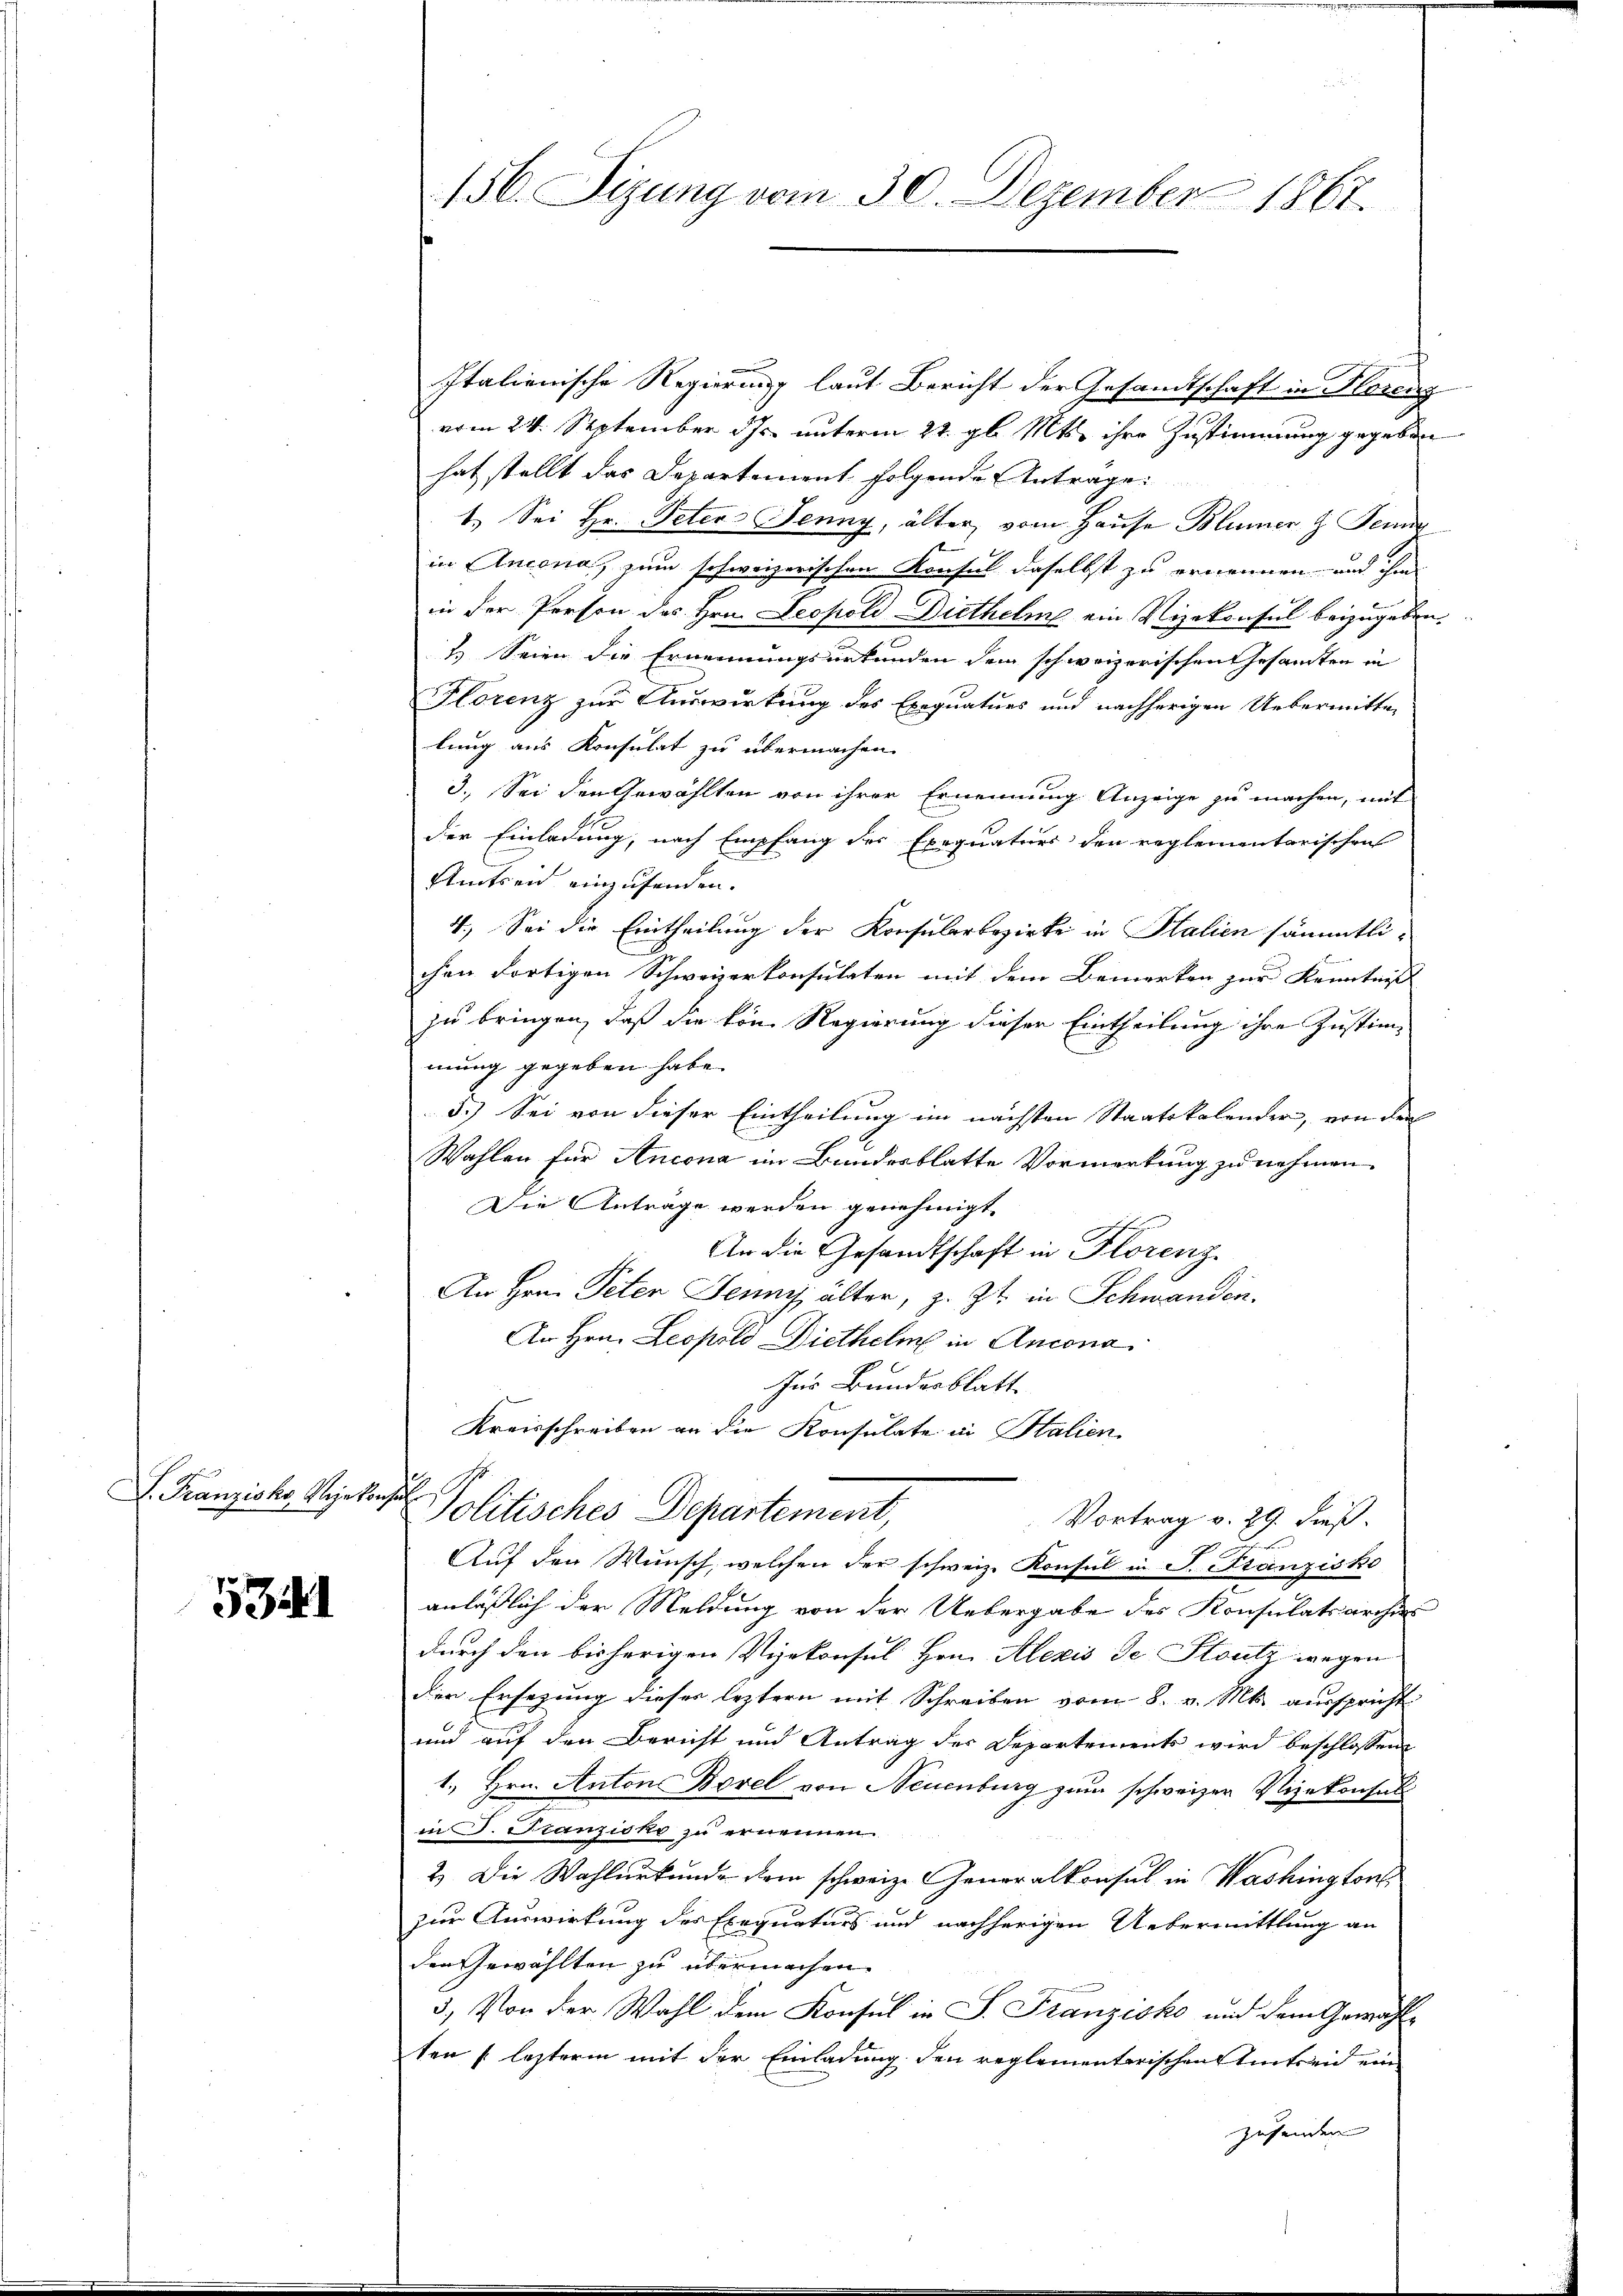
S. Kanzeiche Bezirksr

5341

156. Sizung vom 30. Dezember 1867.

Italienische Regierung laut Bericht der Gesandtschaft in Florenz
vom 24. September 17. unterm 24. gl. Mts. ihre Zustimmung gegeben
hat stellt das Departement folgende Antrage:
1.) Sei Hr. Peters Jenny, älter, vom Hause Blümer z. Fer
in Ancona, zum schweizerischen Konsul daselbst zu ernennen und ihm
in der Person des Hrn. Leopold Diethelme ein Vizekonsul beizugeben.
 Seien die Ernennungsurkunden dem schweizerischen Gesandten in
Florenz zur Auswirkung des Exequaturs und nachherigen Uebermitten
lung aus Konsulat zu übermachen.
3.) Sei den Gewählten von ihrer Ernennung Anzeige zu machen, mit
der Einladung, nach Empfang des Exequaturs den reglementarischen
Sitzen einzufanden.
4.) Sei die Eintheilung der Konsularbezirke in Salien sämmtlichen fortigen Schweizerkonsulaten mit dem Bemerken zur Kenntnis
zu bringen, daß die von Regierung dieser Eintheilung ihre Justim-
mung gegeben habe.
3.) Sei von dieser Eintheilung im nächsten Staatskalender, von den
Wahlen für Ancona im Bundesblatte Vormerkung zu nehmen,
Die Antrage werden genehmigt.
An die Gesandtschaft in Florenz
An Hrn. Peter Jenny, älter, z. Zt. in Schwanden.
An Hrn. Leopold Diethelm in Ancona
Zur Bundesblatt
Kreisschreiben an die Konsulate in Stalien
 S
Jolitisches Departement,
Vortrag v. 29. dieß.
Aŭf den Wunsch, welchen der schweiz. Konsul in J. Franzisko
anläßlich der Meldung von der Uebergabe des Konsulatsarchi
durch den bisherigen Vizekonsul Hrn. Alexis de Stutz wegen
der Ersezung dieser leztern mit Schreiben vom 8. v. Mts. ausspricht
und auf den Bericht und Antrag der Departements wird beschlossen
1., Hrn. Anton Borel von Neuenburg zum schweizer Vizekonsuls
in P. Franzisko zu ernennen.
2.) Die Wahlurkunde dem schweiz. Generalkonsul in Washington
zur Auswirkung des Exequaturs und nachherigen Uebermittlung an
den Gewählten zu übermachen.
3. Von der Wahl dem Konsul in S. Franzisko und dem Gewählten lezterm mit der Einladung den reglementarischen Amtseid ein
zusenden